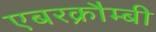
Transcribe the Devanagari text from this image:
एबरक्रौम्बी